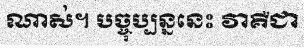
ណាស់។ បច្ចុប្បន្ននេះ វាគឺជា